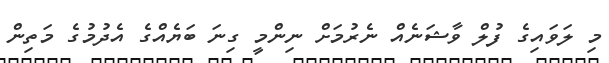
މި ލަވައިގެ ފުލް ވާޝަނެއް ނެރުމަށް ނިންމީ ގިނަ ބަޔެއްގެ އެދުމުގެ މަތިން